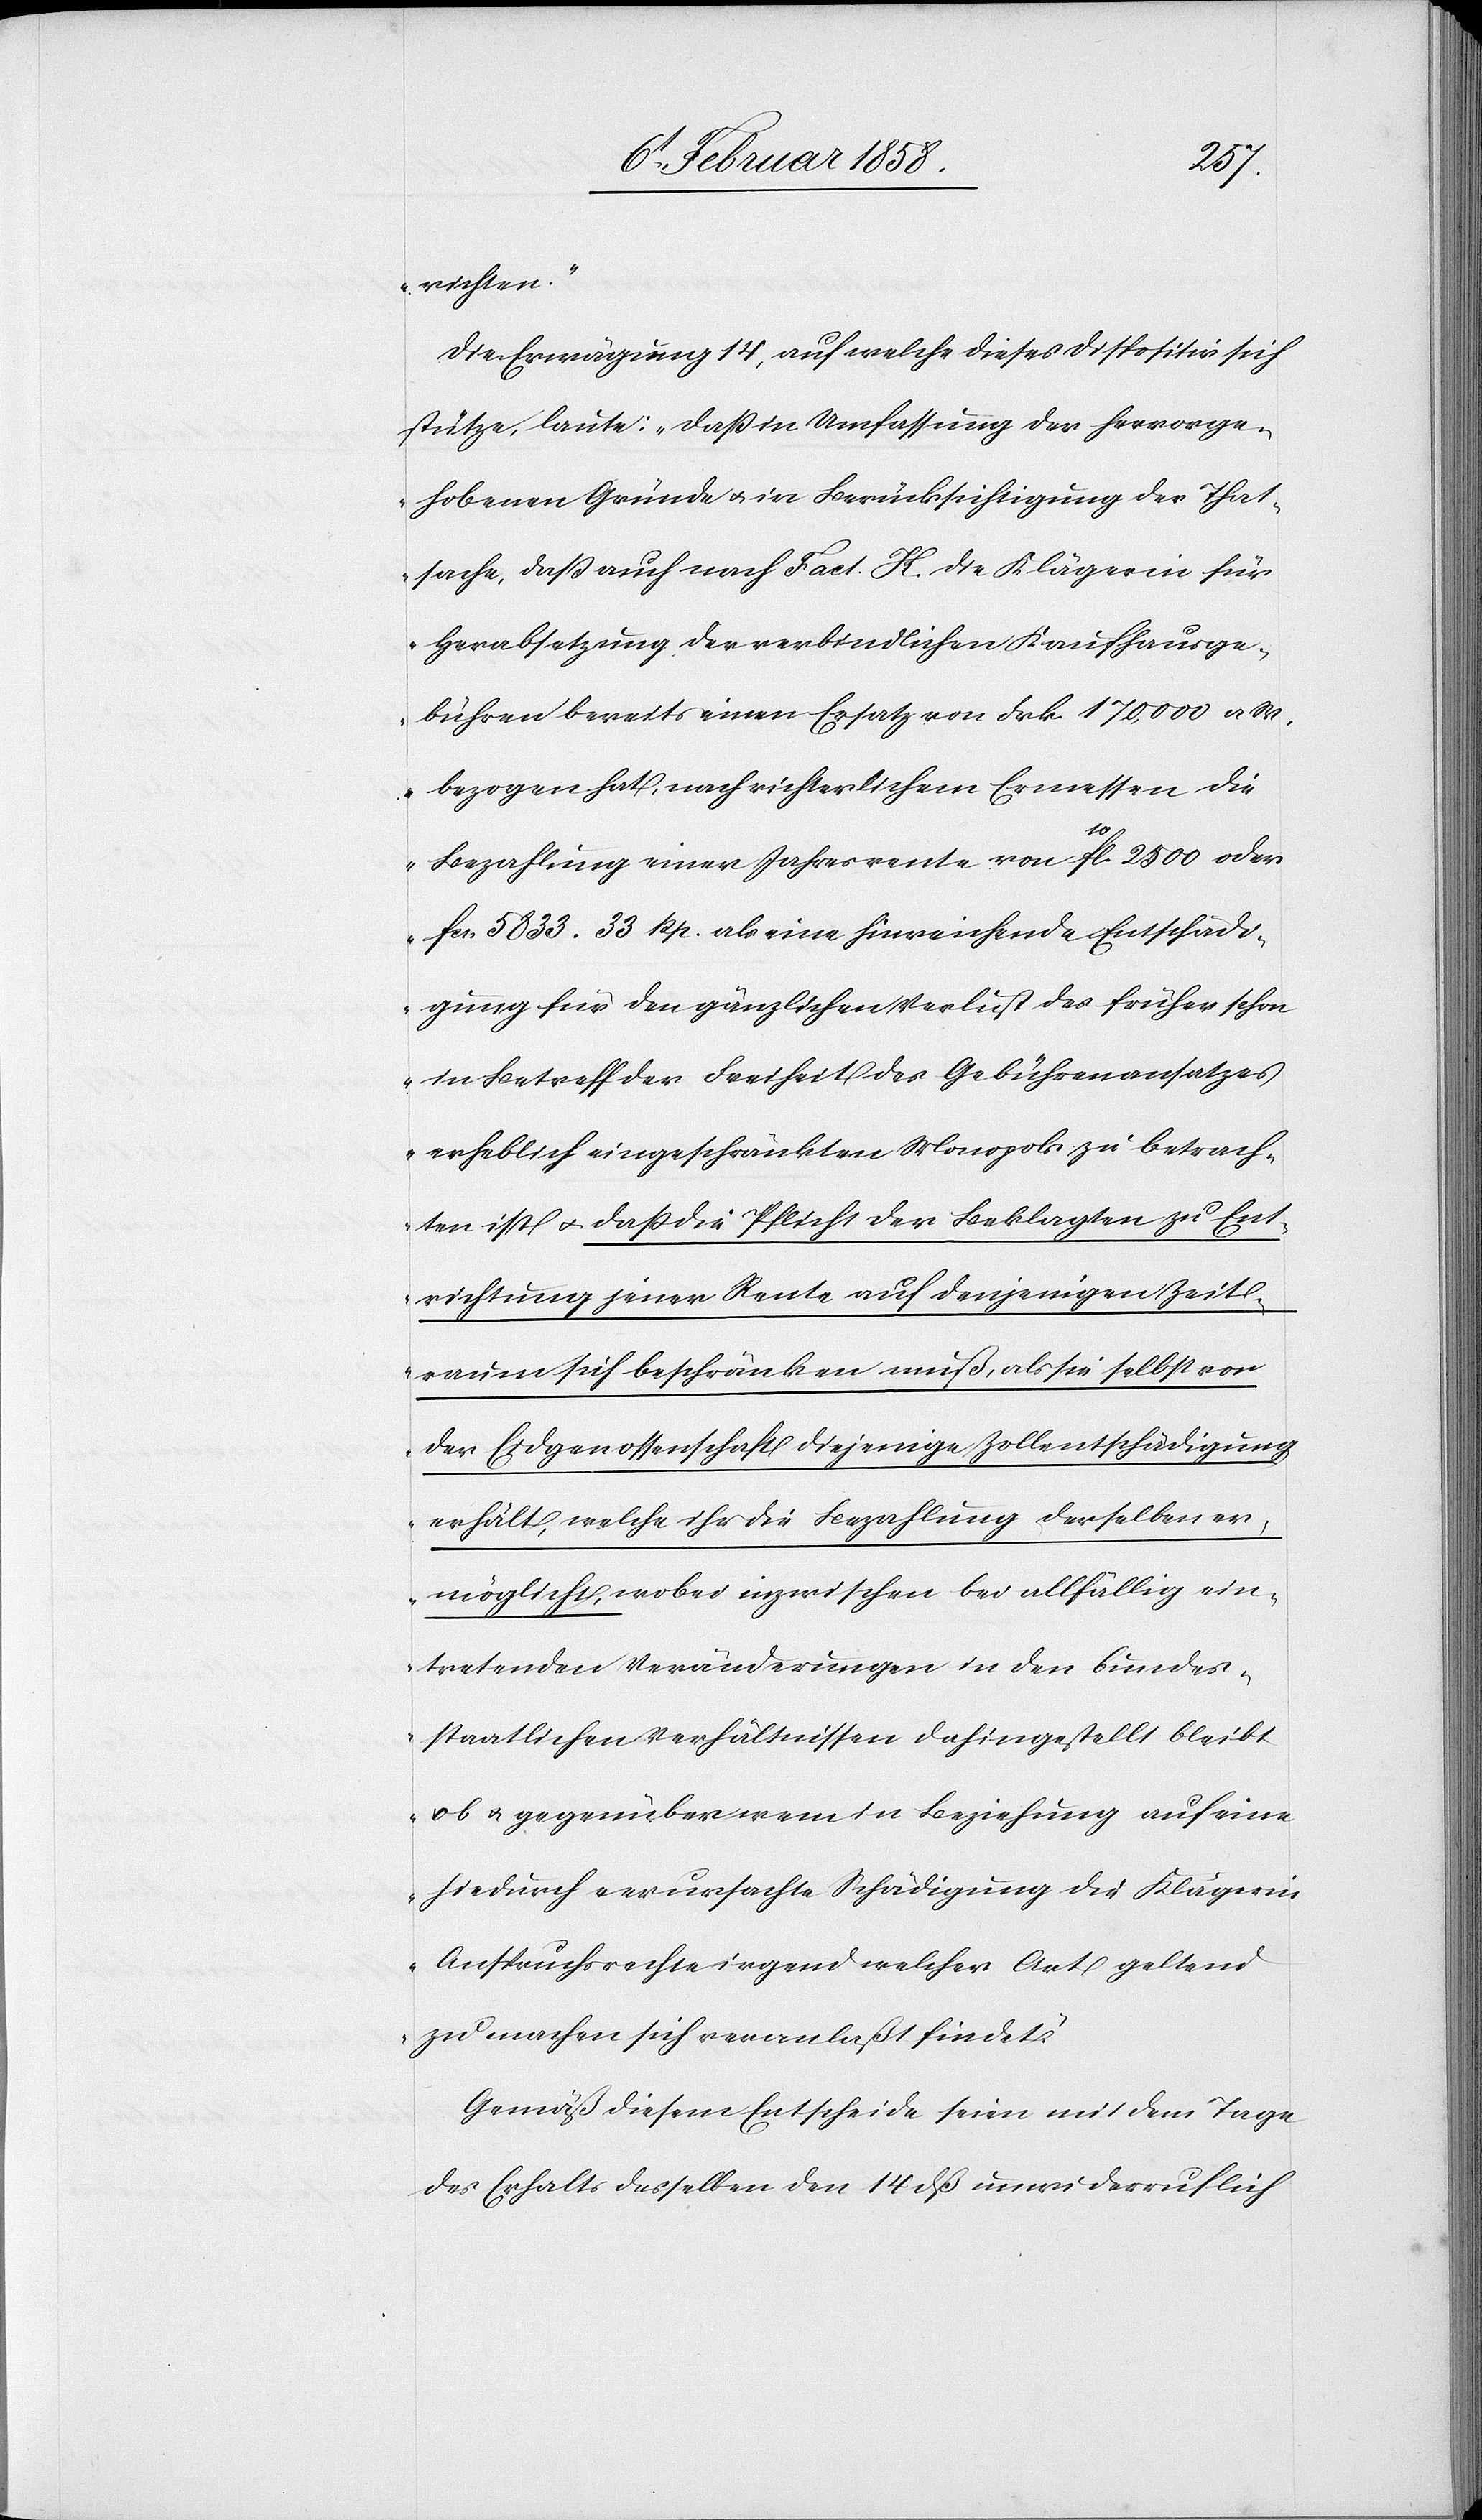
richten.“
Die Erwägung 14, auf welche dieses Dispositiv sich
stütze, laute: „Daß in Umfassung der hervorge¬
hobenen Gründe u. in Berücksichtigung der That¬
sache, daß auch nach Fact. K. die Klägerin für
Herabsetzung der verbindlichen Kaufhausge¬
bühren bereits einen Ersatz von Frk. 170,000 a.
bezogen hat, nach richterlichem Ermessen die
Bezahlung einer Jahresrente von 10fl. 2500 oder
fcs. 5833 33 Rp. als eine hinreichende Entschädi¬
gung für den gänzlichen Verlust des früher schon
in Betreff der Freiheit des Gebührenansatzes
erheblich eingeschränkten Monopols zu betrach¬
ten ist u. daß die Pflicht der Beklagten zu Ent¬
richtung jener Rente auf denjenigen Zeit¬
raum sich beschränken muß, als sie selbst von
der Eidgenossenschaft diejenige Zollentschädigung
erhält, welche ihr die Bezahlung derselben er¬
möglicht, wobei inzwischen bei allfällig ein¬
tretenden Veränderungen in den bundes¬
staatlichen Verhältnissen dahingestellt bleibt
ob u. gegenüber wem in Beziehung auf eine
hiedurch verursachte Schädigung die Klägerin
Anspruchsrecht irgend welcher Art geltend
zu machen sich veranlaßt findet.“
Gemäß diesem Entscheide seien mit dem Tage
des Erhalts desselben den 14 dß unwiderruflich